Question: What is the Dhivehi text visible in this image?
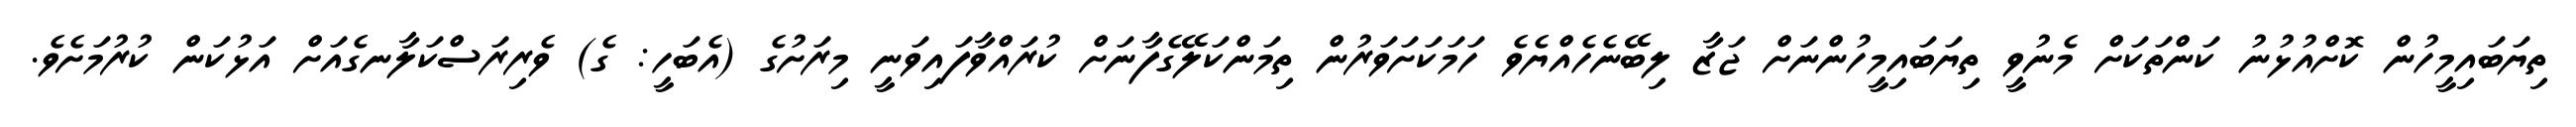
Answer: ތިޔަބައިމީހުން ކޮށްއުޅުނު ކަންތަކަށް މެނުވީ ތިޔަބައިމީހުންނަށް ޖަޒާ ލިބޭނެހެއްޔެވެ ހަމަކަށަވަރުން ތިމަންކަލޭގެފާނަށް ކުރައްވާފައިވަނީ މިރަށުގެ (އެބަހީ: ގެ) ވެރިރަސްކަލާނގެއަށް އަޅުކަން ކުރުމަށެވެ.